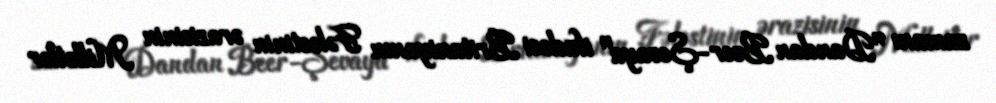
zamanı "Dandan Beer-Şevaya" ifadəsi Britaniyanın Fələstinin ərazisinin Millətlər